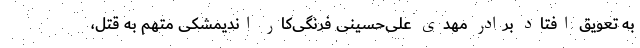
به تعویق افتاد برادر مهدی علی‌حسینی فرنگی‌کار اندیمشکی متهم به قتل،